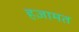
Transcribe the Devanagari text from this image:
हज़ामत